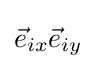
{\vec {e}}_{ix}{\vec {e}}_{iy}